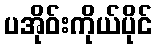
ပအိုဝ်းကိုယ်ပိုင်